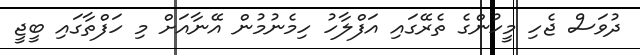
ދުވަސް ޖެހި މީހުންގެ ތެރޭގައި އަފްލާހު ހިމެނުމުން އޭނާއަށް މި ހަފްތާގައި ބީޖީ